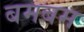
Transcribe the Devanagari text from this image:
बमबम